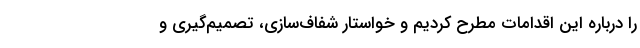
را درباره این اقدامات مطرح کردیم و خواستار شفاف‌سازی، تصمیم‌گیری و